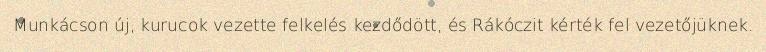
Munkácson új, kurucok vezette felkelés kezdődött, és Rákóczit kérték fel vezetőjüknek.